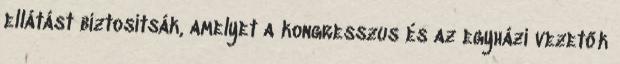
ellátást biztosítsák, amelyet a kongresszus és az egyházi vezetők